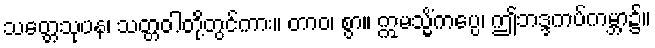
သတ္တေသုပန၊ သတ္တဝါတို့တွင်ကား။ တာဝ၊ စွာ။ ဣမသ္မိံကပ္ပေ၊ ဤဘဒ္ဒကပ်ကမ္ဘာ၌။